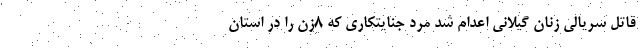
قاتل سریالی زنان گیلانی اعدام شد مرد جنایتکاری که ۸زن را در استان